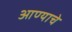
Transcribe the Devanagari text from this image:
आण्याचे